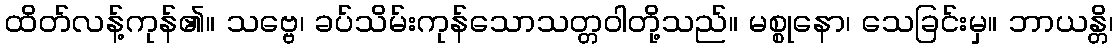
ထိတ်လန့်ကုန်၏။ သဗ္ဗေ၊ ခပ်သိမ်းကုန်သောသတ္တဝါတို့သည်။ မစ္စုနော၊ သေခြင်းမှ။ ဘာယန္တိ၊